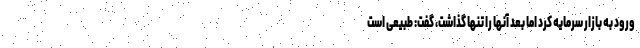
ورود به بازار سرمایه کرد اما بعد آنها را تنها گذاشت، گفت: طبیعی است